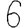
Digit: 6